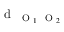
\textrm { d } _ { \mathrm { ~ \scriptsize ~ O ~ } _ { 1 } \mathrm { ~ \scriptsize ~ O ~ } _ { 2 } }